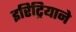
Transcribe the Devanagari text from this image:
इरिट्रियाने